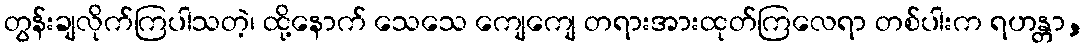
တွန်းချလိုက်ကြပါသတဲ့၊ ထို့နောက် သေသေ ကျေကျေ တရားအားထုတ်ကြလေရာ တစ်ပါးက ရဟန္တာ,